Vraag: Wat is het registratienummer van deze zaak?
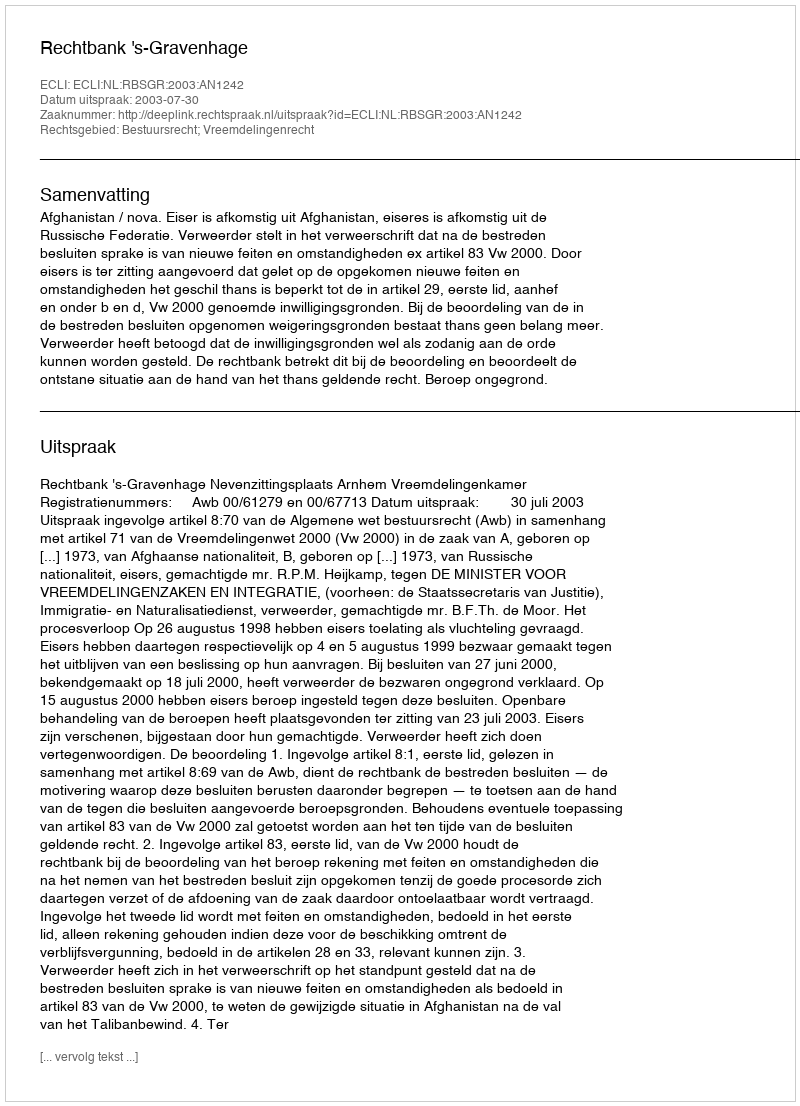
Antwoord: http://deeplink.rechtspraak.nl/uitspraak?id=ECLI:NL:RBSGR:2003:AN1242